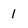
Character: 1